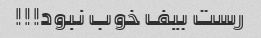
رست بیف خوب نبود!!!